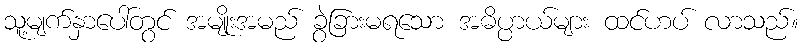
သူ့မျက်နှာပေါ်တွင် အမျိုးအမည် ခွဲခြားမရသော အဓိပ္ပာယ်များ ထင်ဟပ် လာသည်။